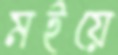
মইয়ে